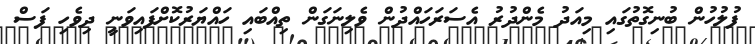
ފުލުހުން ބުނިގޮތުގައި މިއަދު މެންދުރު އެސަރަހައްދުން ވެލިނަގަން ތިއްބައި ހައްޔަރުކޮށްފައިވަނީ ދިވެހި ފަސް